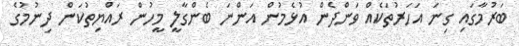
ބަރުމާގައި ގިނަ އަހަރުތަކެއް ވަންދެން އުޅެމުން އަންނަ ބެންގާލީ މީހުން ރައްޔިތުކަން ދިނުމުގެ